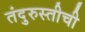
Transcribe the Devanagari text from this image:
तंदुरुस्तीची